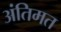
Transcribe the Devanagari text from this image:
अंतिमत